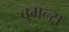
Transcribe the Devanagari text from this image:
वुमन्स